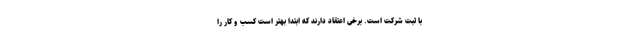
با ثبت شرکت است. برخی اعتقاد دارند که ابتدا بهتر است کسب و کار را